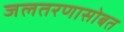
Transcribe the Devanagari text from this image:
जलतरणासोबत